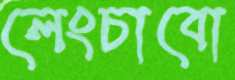
লেংচাবো